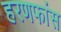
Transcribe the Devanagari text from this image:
हरणफांस